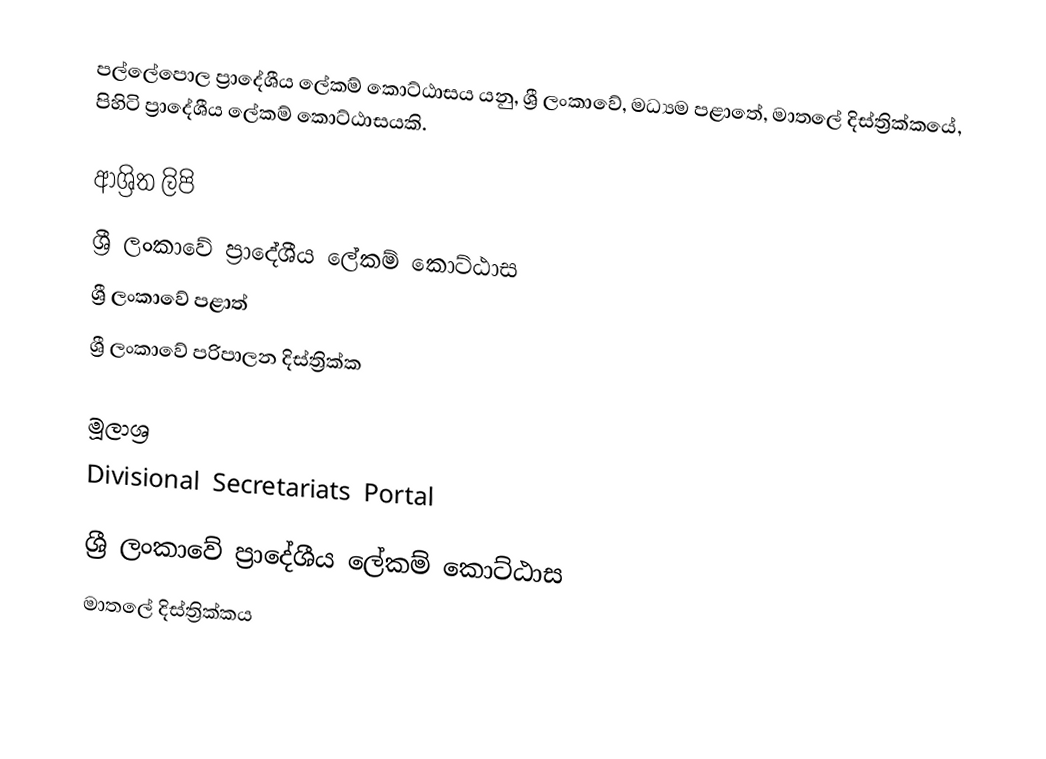
පල්ලේපොල ප්‍රාදේශීය ලේකම් කොට්ඨාසය යනු,  ශ්‍රී ලංකාවේ, මධ්‍යම පළාතේ,   මාතලේ දිස්ත්‍රික්කයේ, පිහිටි ප්‍රාදේශීය ලේකම් කොට්ඨාසයකි.

ආශ්‍රිත ලිපි
ශ්‍රී ලංකාවේ ප්‍රාදේශීය ලේකම් කොට්ඨාස
ශ්‍රී ලංකාවේ පළාත්
ශ්‍රී ලංකාවේ පරිපාලන දිස්ත්‍රික්ක

මූලාශ්‍ර
 Divisional Secretariats Portal

ශ්‍රී ලංකාවේ ප්‍රාදේශීය ලේකම් කොට්ඨාස
මාතලේ දිස්ත්‍රික්කය